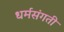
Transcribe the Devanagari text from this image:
धर्मसंगती